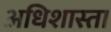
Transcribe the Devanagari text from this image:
अधिशास्ता